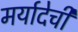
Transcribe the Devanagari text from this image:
मर्यादेची